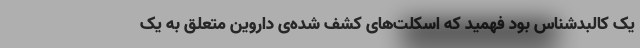
یک کالبدشناس بود فهمید که اسکلت‌های کشف شده‌ی داروین متعلق به یک